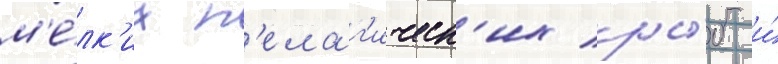
м'е́лк'их п'елаг'ическ'их ры́б и́